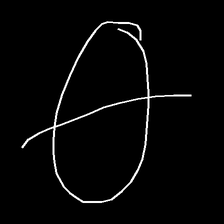
Glyph: orb